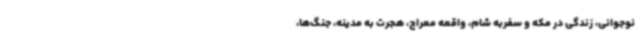
نوجوانی، زندگی در مکه و سفربه شام، واقعه معراج، هجرت به مدینه، جنگ‌ها،